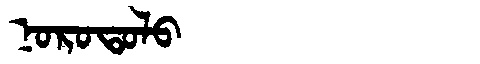
Manchu: ᠨᠣᡵᠣᡨᠣᠯᠣ
Romanization: NOROTOLO